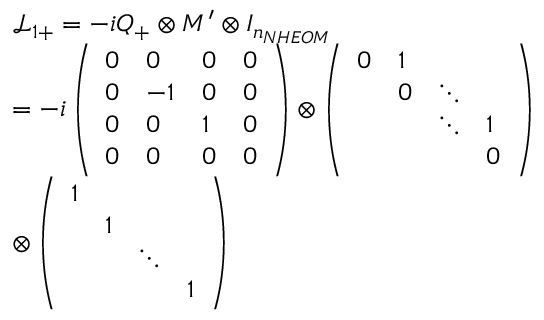
\begin{array} { r l } & { { \mathcal { L } _ { 1 + } } = - i Q _ { + } \otimes M ^ { \prime } \otimes { { I } _ { { { n } _ { N H E O M } } } } } \\ & { = - i \left( \begin{array} { l l l l } { 0 } & { 0 } & { 0 } & { 0 } \\ { 0 } & { - 1 } & { 0 } & { 0 } \\ { 0 } & { 0 } & { 1 } & { 0 } \\ { 0 } & { 0 } & { 0 } & { 0 } \end{array} \right) \otimes \left( \begin{array} { l l l l } { 0 } & { 1 } & { } & { } \\ { } & { 0 } & { \ddots } & { } \\ { } & { } & { \ddots } & { 1 } \\ { } & { } & { } & { 0 } \end{array} \right) } \\ & { \otimes \left( \begin{array} { l l l l } { 1 } & { } & { } & { } \\ { } & { 1 } & { } & { } \\ { } & { } & { \ddots } & { } \\ { } & { } & { } & { 1 } \end{array} \right) } \end{array}